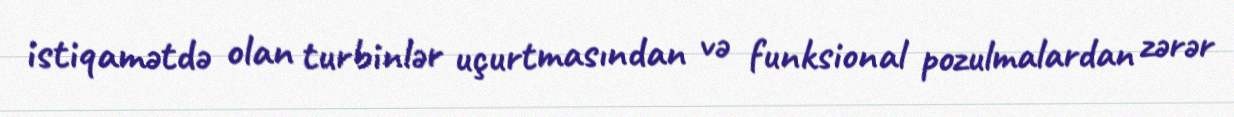
istiqamətdə olan turbinlər uçurtmasından və funksional pozulmalardan zərər